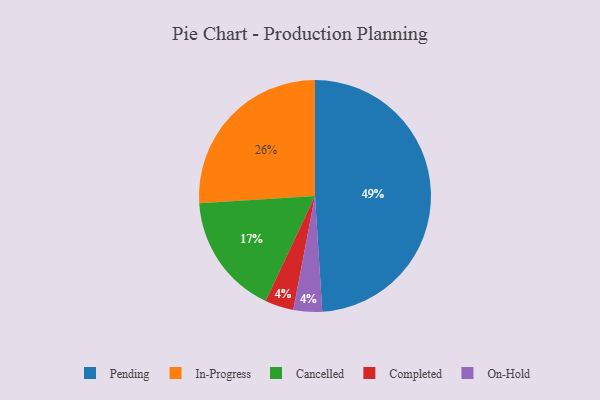
{"axis": {"x": "Category", "y": "Percentage"}, "legend": ["Cancelled", "Completed", "In-Progress", "On-Hold", "Pending"], "data": [{"x": "Completed", "y": 4, "type": "Completed"}, {"x": "In-Progress", "y": 26, "type": "In-Progress"}, {"x": "Cancelled", "y": 17, "type": "Cancelled"}, {"x": "Pending", "y": 49, "type": "Pending"}, {"x": "On-Hold", "y": 4, "type": "On-Hold"}]}